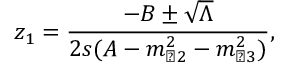
z _ { 1 } = \frac { - B \pm \sqrt { \Lambda } } { 2 s ( A - m _ { \perp 2 } ^ { 2 } - m _ { \perp 3 } ^ { 2 } ) } ,